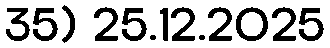
35) 25.12.2025